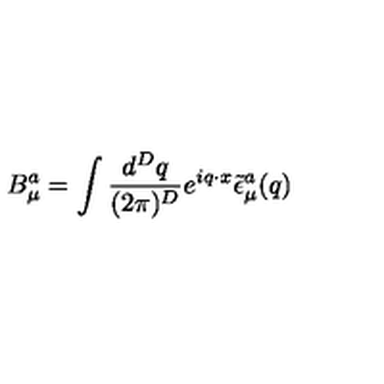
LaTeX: B _ { \mu } ^ { a } = \int \frac { d ^ { D } q } { ( 2 \pi ) ^ { D } } e ^ { i q \cdot x } \tilde { \epsilon } _ { \mu } ^ { a } ( q )